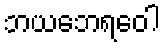
ဘယဘေရဝေါ